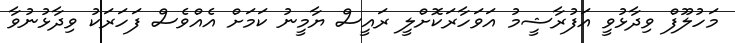
މަހުލޫފް ވިދާޅުވީ އަފުރާޝީމު އަވަހާރަކޮށްލީ ރައީސް ޔާމީނު ކަަމަށް އެއްވެސް ފަހަރަކު ވިދާޅުނުވާ